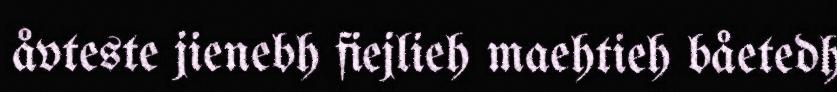
åvteste jienebh fiejlieh maehtieh båetedh